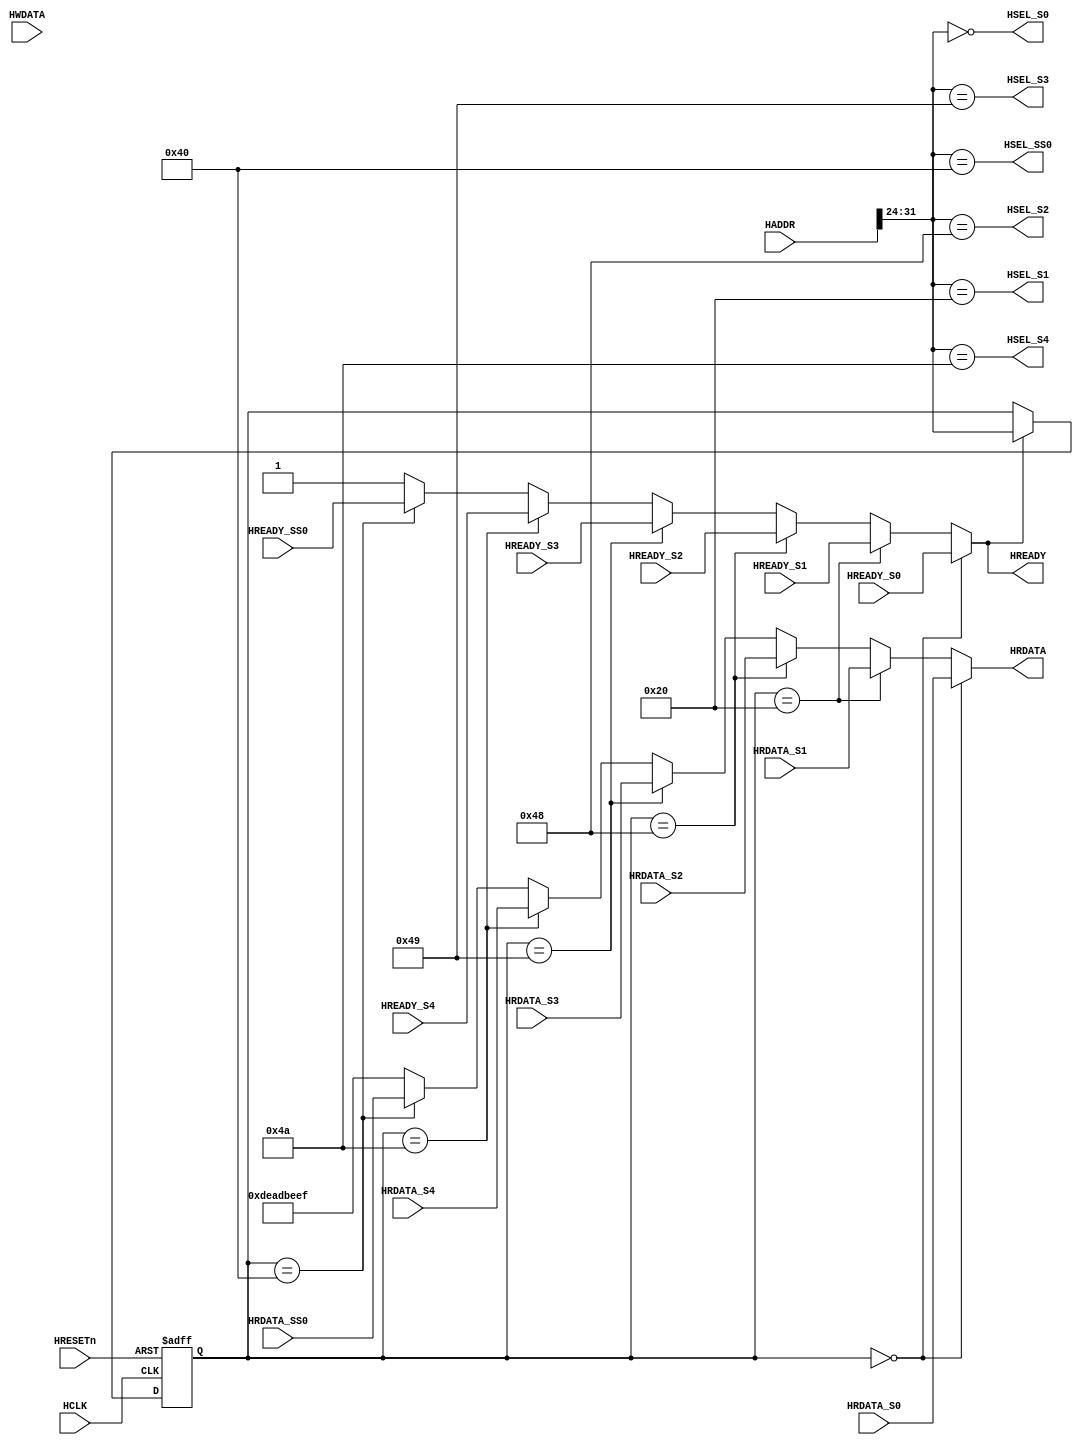

    `timescale 1ns/1ns
    module AHBlite_BUS0(
        input wire HCLK,
        input wire HRESETn,
      
        // Master Interface
        input wire [31:0] HADDR,
        input wire [31:0] HWDATA, 
        output wire [31:0] HRDATA,
        output wire        HREADY,
        // Slave # 0
        output wire         HSEL_S0,
        input wire          HREADY_S0,
        input wire  [31:0]  HRDATA_S0,
        // Slave # 1
        output wire         HSEL_S1,
        input wire          HREADY_S1,
        input wire  [31:0]  HRDATA_S1,
        // Slave # 2
        output wire         HSEL_S2,
        input wire          HREADY_S2,
        input wire  [31:0]  HRDATA_S2,
        // Slave # 3
        output wire         HSEL_S3,
        input wire          HREADY_S3,
        input wire  [31:0]  HRDATA_S3,

        // Slave # 4
        output wire         HSEL_S4,
        input wire          HREADY_S4,
        input wire  [31:0]  HRDATA_S4,


        // SubSystem # 0
        output wire         HSEL_SS0,
        input wire          HREADY_SS0,
        input wire  [31:0]  HRDATA_SS0
    );
        wire [7:0]  PAGE = HADDR[31:24];
        reg [7:0] APAGE;

        always@ (posedge HCLK or negedge HRESETn) begin
        if(!HRESETn)
            APAGE <= 8'h0;
        else if(HREADY)
            APAGE <= PAGE;
        end

    	assign HSEL_S0 = (PAGE == 8'h00);
		assign HSEL_S1 = (PAGE == 8'h20);
		assign HSEL_S2 = (PAGE == 8'h48);
		assign HSEL_S3 = (PAGE == 8'h49);
        assign HSEL_S4 = (PAGE == 8'h4A);
		assign HSEL_SS0 = (PAGE == 8'h40);
	

        assign HREADY =
			(APAGE == 8'h00) ? HREADY_S0 :
			(APAGE == 8'h20) ? HREADY_S1 :
			(APAGE == 8'h48) ? HREADY_S2 :
			(APAGE == 8'h49) ? HREADY_S3 :
            (APAGE == 8'h4A) ? HREADY_S4 :
			(APAGE == 8'h40) ? HREADY_SS0 :
			1'b1;


        assign HRDATA =
			(APAGE == 8'h00) ? HRDATA_S0 :
			(APAGE == 8'h20) ? HRDATA_S1 :
			(APAGE == 8'h48) ? HRDATA_S2 :
			(APAGE == 8'h49) ? HRDATA_S3 :
            (APAGE == 8'h4A) ? HRDATA_S4 :
			(APAGE == 8'h40) ? HRDATA_SS0 :
			32'hDEADBEEF;

endmodule